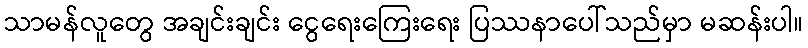
သာမန်လူတွေ အချင်းချင်း ငွေရေးကြေးရေး ပြဿနာပေါ်သည်မှာ မဆန်းပါ။